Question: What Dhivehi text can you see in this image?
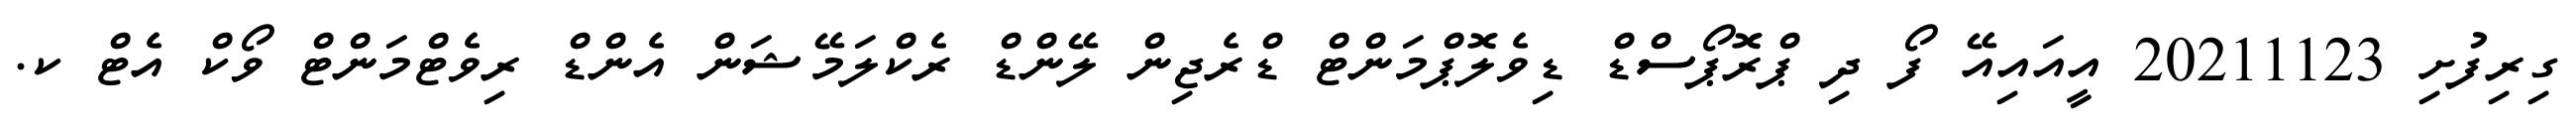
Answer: ގިރިފުށި 20211123 އީއައިއޭ ފޯ ދި ޕްރޮޕޯސްޑް ޑިވެލޮޕްމަންޓް ޑްރެޖިން ލޭންޑް ރެކްލަމޭޝަން އެންޑް ރިވެޓްމަންޓް ވޯކް އެޓް ކ.